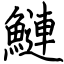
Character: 鰱